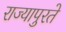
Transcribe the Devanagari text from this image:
राज्यापुरते